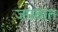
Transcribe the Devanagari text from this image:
जपतात